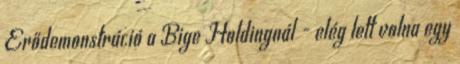
Erődemonstráció a Bige Holdingnál - elég lett volna egy